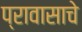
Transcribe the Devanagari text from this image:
प्रावासाचे